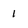
Character: 1